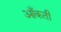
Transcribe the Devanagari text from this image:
आँकती